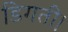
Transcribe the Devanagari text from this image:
डिगती।